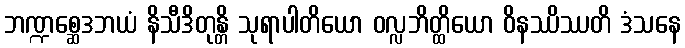
ဘဏ္ဍစ္ဆေဒဘယံ နိသီဒိတုန္တိ သုရာပါတိယော ဝလ္လဘိတ္ထိယော ဝိနဿိဿတိ ဒံသနေ